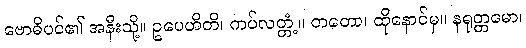
ဗောဓိပင်၏ အနီးသို့။ ဥပေဟိတိ၊ ကပ်လတ္တံ့။ တတော၊ ထိုနောင်မှ။ နရုတ္တမော၊